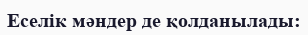
Еселік мәндер де қолданылады: